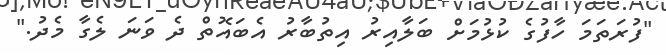
"ފުރަތަމަ ހާފުގެ ކުޅުމަށް ބަލާއިރު އިތުބާރު އެބައޮތް ދެ ވަނަ ލެގާ މެދު."